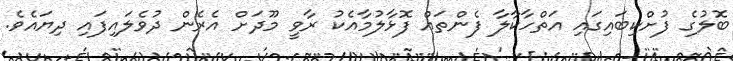
ބޮލުގެ ފުށްކިބައިގައި އަތްހާކާލާ ފެންތައް ފޮޅާލުމާއެކު ރާވީ މޫދަށް އެރެން ދުވެލައިފައި ދިޔައެވެ.